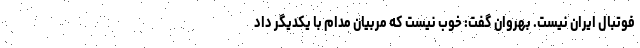
فوتبال ایران نیست. بهروان گفت: خوب نیست که مربیان مدام با یکدیگر داد